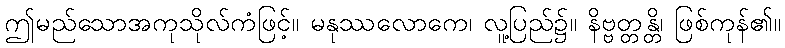
ဤမည်သောအကုသိုလ်ကံဖြင့်။ မနုဿလောကေ၊ လူ့ပြည်၌။ နိဗ္ဗတ္တန္တိ၊ ဖြစ်ကုန်၏။